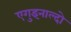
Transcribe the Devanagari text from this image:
एगुइनाल्दो